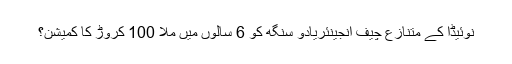
نوئیڈا کے متنازع چیف انجینئریادو سنگھ کو 6 سالوں میں ملا 100 کروڑ کا کمیشن؟